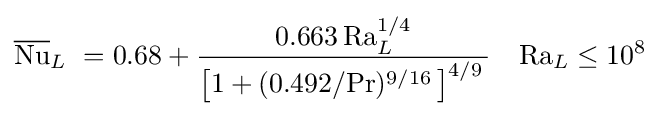
{\overline {\mathrm {Nu} }}_{L}\ =0.68+{\frac {0.663\,\mathrm {Ra} _{L}^{1/4}}{\left[1+(0.492/\mathrm {Pr} )^{9/16}\,\right]^{4/9}\,}}\quad \mathrm {Ra} _{L}\leq 10^{8}